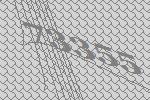
73355